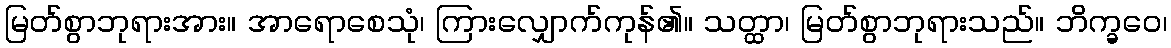
မြတ်စွာဘုရားအား။ အာရောစေသုံ၊ ကြားလျှောက်ကုန်၏။ သတ္ထာ၊ မြတ်စွာဘုရားသည်။ ဘိက္ခဝေ၊